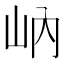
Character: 𱛋